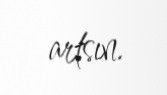
artsın.